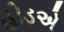
હોડએ